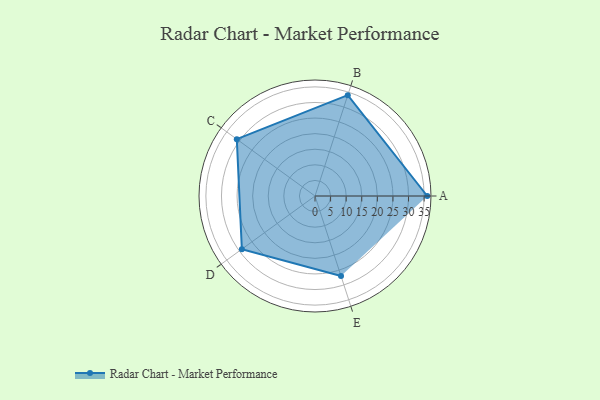
{"axis": {"x": "Skill", "y": "Score"}, "legend": ["Profile"], "data": [{"x": "A", "y": 36.0, "type": "Profile"}, {"x": "B", "y": 34.0, "type": "Profile"}, {"x": "C", "y": 31.0, "type": "Profile"}, {"x": "D", "y": 29.0, "type": "Profile"}, {"x": "E", "y": 27.0, "type": "Profile"}]}